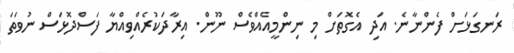
ރަނގަޅަށް ފެންނާނެ. އަދި އެގޮތަށް މި ނިންމީއެއްވެސް ނޫން. އިރާދަކުރެއްވިއްޔާ ފަސްދޮޅަސް ނުވަތަ